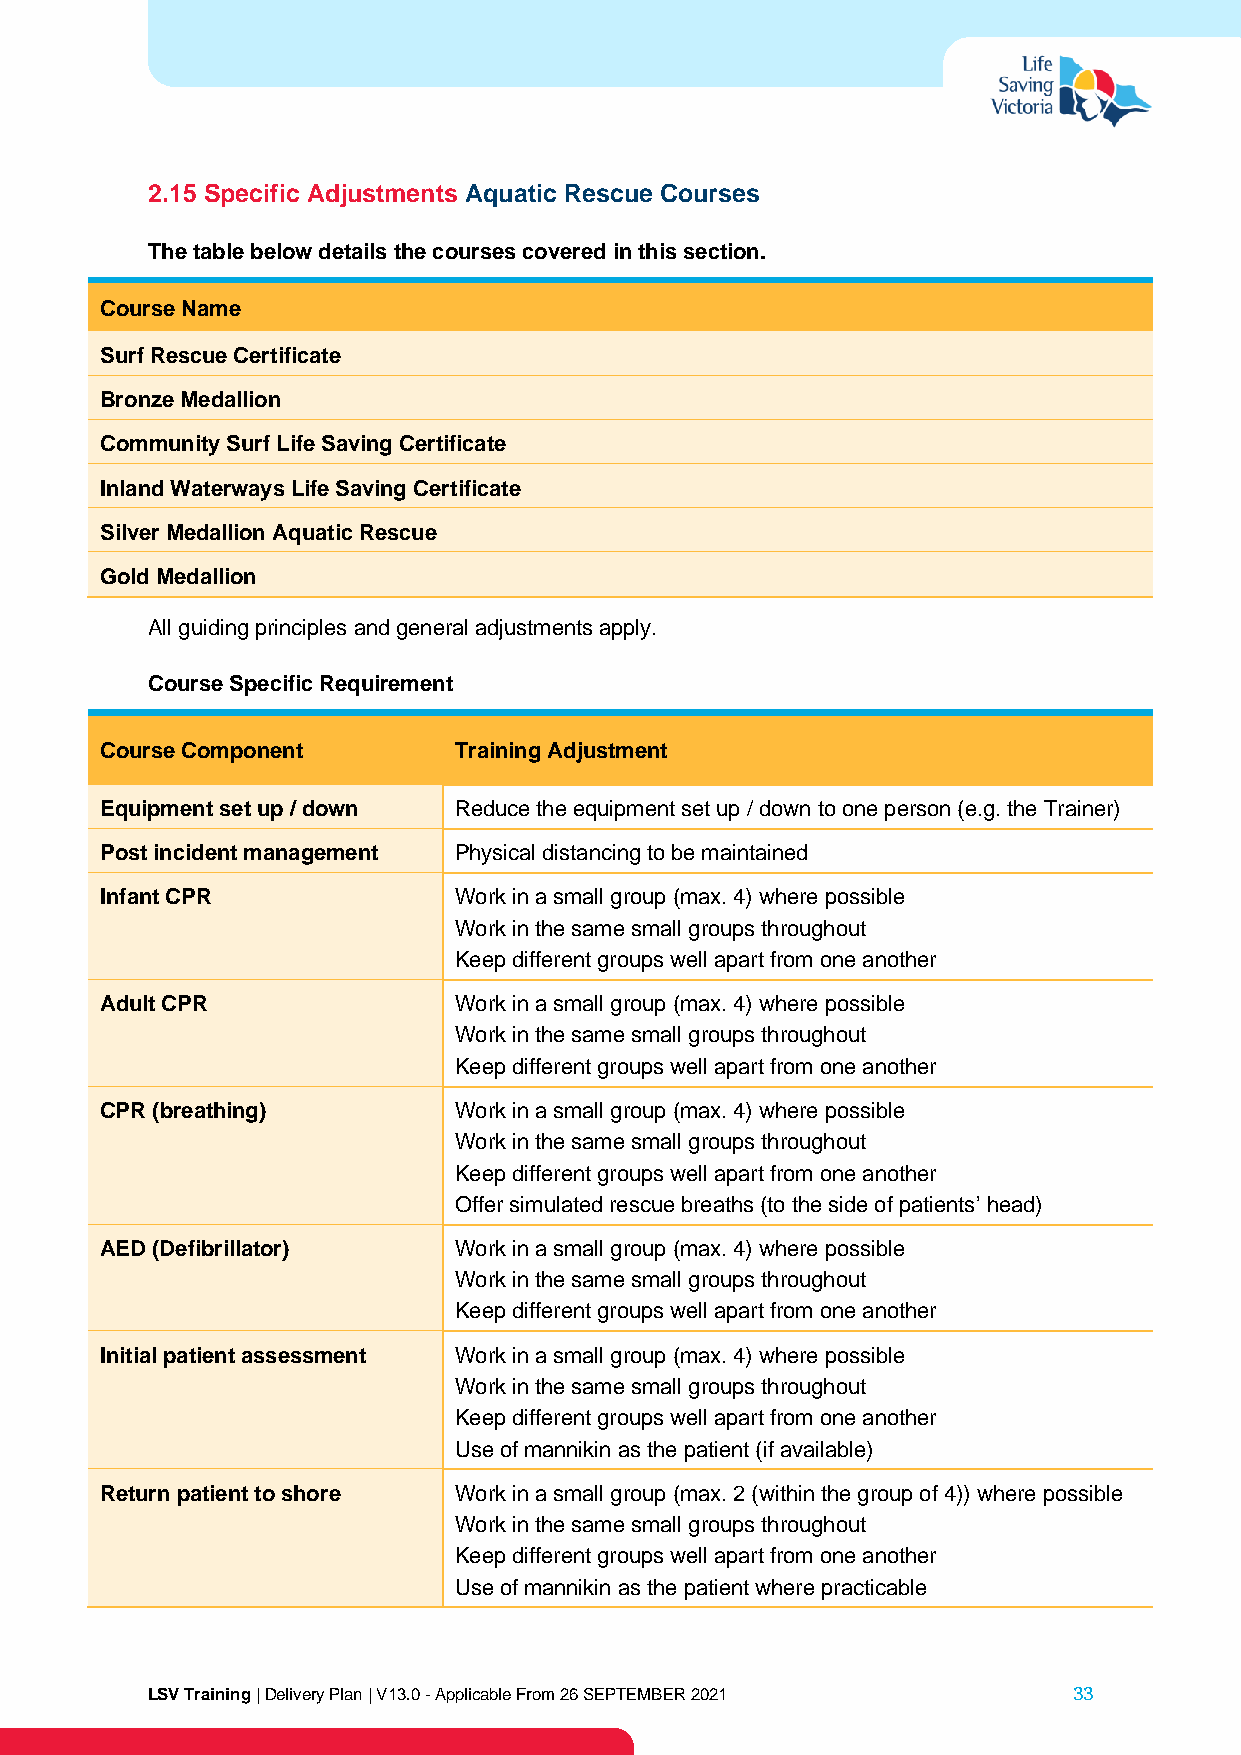
2.15 Specific Adjustments Aquatic Rescue Courses
 The table below details the courses covered in this section.
 Course Name
 Surf Rescue Certificate
 Bronze Medallion
 Community Surf Life Saving Certificate
 Inland Waterways Life Saving Certificate
 Silver Medallion Aquatic Rescue
 Gold Medallion
 All guiding principles and general adjustments apply.
 Course Specific Requirement
 Course Component       Training Adjustment
 Equipment set up / down Reduce the equipment set up / down to one person (e.g. the Trainer)
 Post incident management Physical distancing to be maintained
 Infant CPR             Work in a small group (max. 4) where possible
 Work in the same small groups throughout
 Keep different groups well apart from one another
 Adult CPR              Work in a small group (max. 4) where possible
 Work in the same small groups throughout
 Keep different groups well apart from one another
 CPR (breathing)        Work in a small group (max. 4) where possible
 Work in the same small groups throughout
 Keep different groups well apart from one another
 Offer simulated rescue breaths (to the side of patients’ head)
 AED (Defibrillator)    Work in a small group (max. 4) where possible
 Work in the same small groups throughout
 Keep different groups well apart from one another
 Initial patient assessment Work in a small group (max. 4) where possible
 Work in the same small groups throughout
 Keep different groups well apart from one another
 Use of mannikin as the patient (if available)
 Return patient to shore Work in a small group (max. 2 (within the group of 4)) where possible
 Work in the same small groups throughout
 Keep different groups well apart from one another
 Use of mannikin as the patient where practicable
 LSV Training | Delivery Plan | V13.0 - Applicable From 26 SEPTEMBER 2021 33